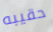
حقيبه